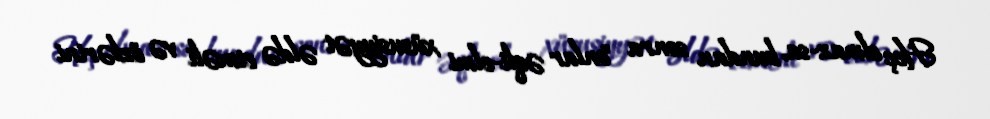
Heç olmaz-sa, bundan sonra "onlar əqli-elmi xüsusiyyət əldə etməli və özlərini